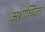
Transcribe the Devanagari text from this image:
अशाध्यिता